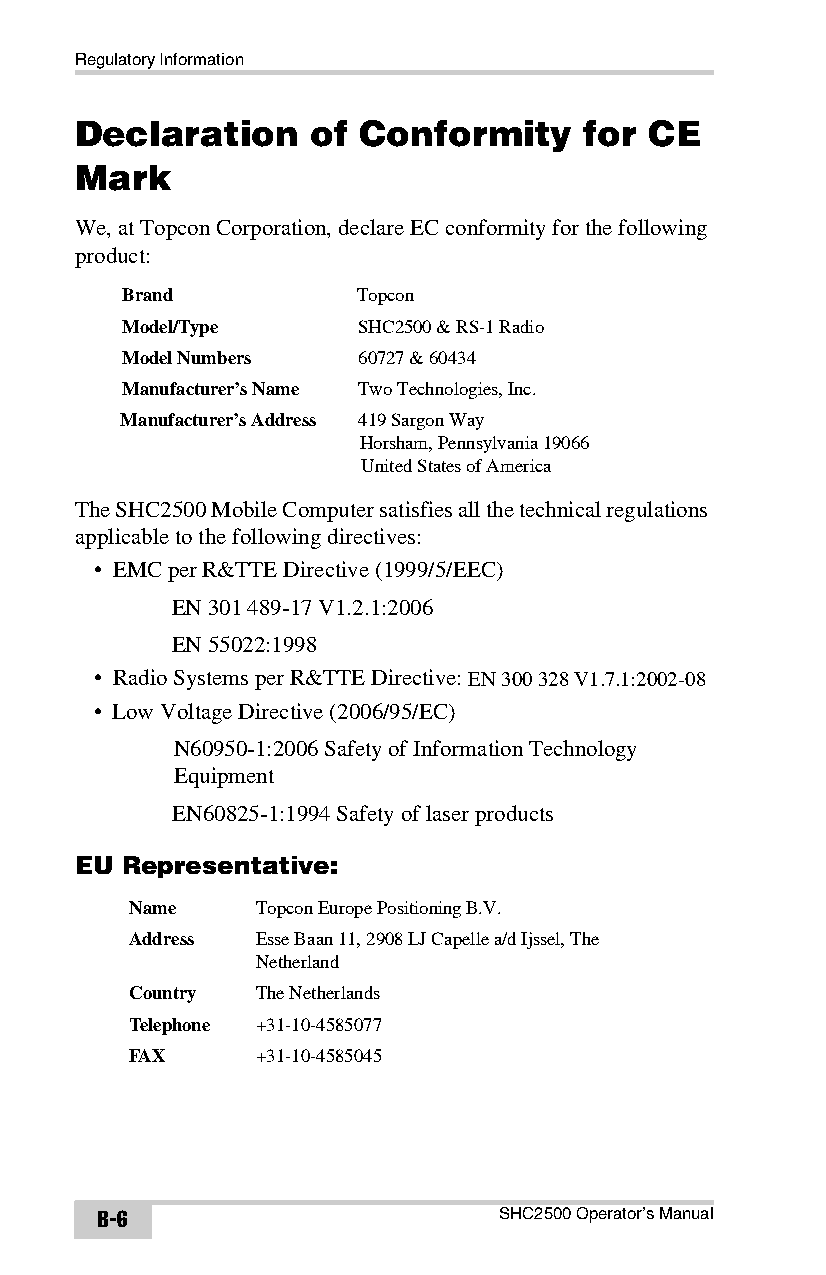
Regulatory Information
 Declaration    of  Conformity     for CE
 Mark
 We, at Topcon Corporation, declare EC conformity for the following
 product:
 Brand          Topcon
 Model/Type      SHC2500 & RS-1 Radio
 Model Numbers   60727 & 60434
 Manufacturer’s Name Two Technologies, Inc.
 Manufacturer’s Address 419 Sargon Way
 Horsham, Pennsylvania 19066
 United States of America
 The SHC2500 Mobile Computer satisfies all the technical regulations
 applicable to the following directives:
 • EMC per R&TTE Directive (1999/5/EEC)
 EN 301 489-17 V1.2.1:2006
 EN 55022:1998
 • Radio Systems per R&TTE Directive: EN 300 328 V1.7.1:2002-08
 • Low Voltage Directive (2006/95/EC)
 N60950-1:2006 Safety of Information Technology
 Equipment
 EN60825-1:1994 Safety of laser products
 EU Representative:
 Name     Topcon Europe Positioning B.V.
 Address  Esse Baan 11, 2908 LJ Capelle a/d Ijssel, The
 Netherland
 Country  The Netherlands
 Telephone +31-10-4585077
 FAX      +31-10-4585045
 B-6                        SHC2500 Operator’s Manual